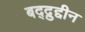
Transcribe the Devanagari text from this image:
बद्द्रुद्दीन